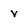
Character: v